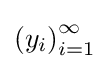
\left(y_{i}\right)_{i=1}^{\infty }